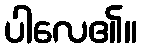
ပါလေ၏။